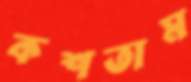
কশতাম